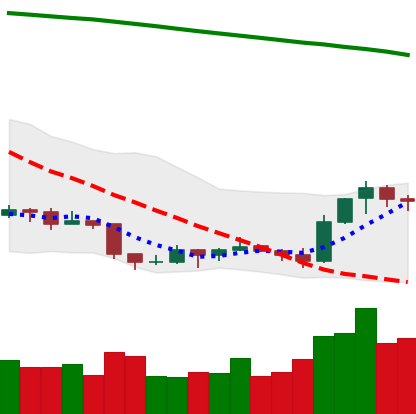
Ticker: EOS-USD
Chart end date: 2019-09-11
Forward return: 8.559%
Label: up_7plus